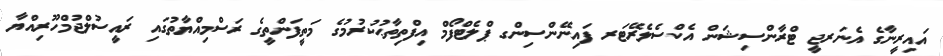
އައިރީނާގެ އެނަރޖީ ޓްރާންސިޝަން އެކްސެލެރޭޓަރ ފައިނޭންސިންގ ޕްލެޓްފޯމް އިފްތިތާޙުކުރުމުގެ މަތީފަންތީގެ ރަސްމިއްޔާތުގައި ރައީސުލްޖުމްހޫރިއްޔާ